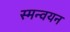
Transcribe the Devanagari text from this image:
स्मन्वयन